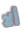
ألا